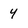
Character: y